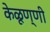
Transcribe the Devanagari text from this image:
केळूण्णी